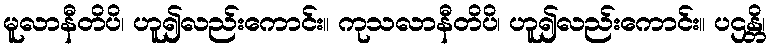
မူလာနီတိပိ၊ ဟူ၍လည်းကောင်း။ ကုသလာနီတိပိ၊ ဟူ၍လည်းကောင်း။ ပဌန္တိ၊